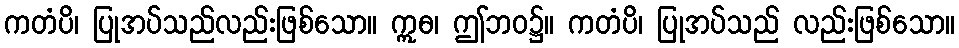
ကတံပိ၊ ပြုအပ်သည်လည်းဖြစ်သော။ ဣဓ၊ ဤဘဝ၌။ ကတံပိ၊ ပြုအပ်သည် လည်းဖြစ်သော။